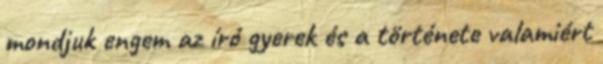
mondjuk engem az író gyerek és a története valamiért